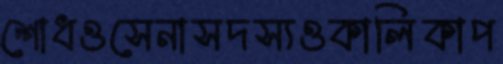
শোধওসেনাসদস্যওকালিকাপ